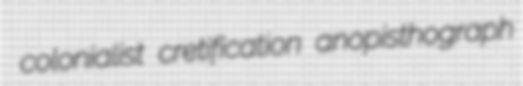
colonialist cretification anopisthograph